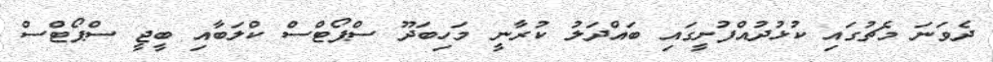
ދެވަނަ މެޗުގައި ކުޅުދުއްފުށީގައި ބައްދަލު ކުރާނީ މަހިބަދޫ ސްޕޯޓްސް ކްލަބާއި ބީޖީ ސްޕޯޓްސް